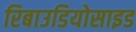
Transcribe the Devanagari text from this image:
रिबाउडियोसाइड